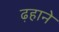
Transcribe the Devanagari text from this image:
ढ़हाने